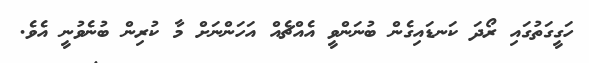
ހަގީގަތުގައި ރޯދަ ކަނޑައިގެން ބުނަންވީ އެއްޗެއް އަހަންނަށް މާ ކުރިން ބުނެވުނީ އެވެ.